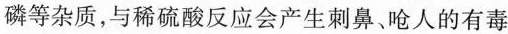
磷等杂质，与稀硫酸反应会产生刺鼻、呛人的有毒